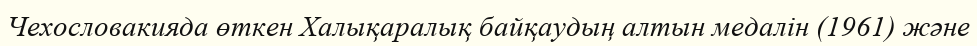
Чехословакияда өткен Халықаралық байқаудың алтын медалін (1961) және